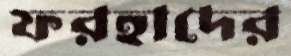
ফরহাদের